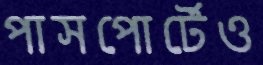
পাসপোর্টেও